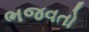
ભજવતો